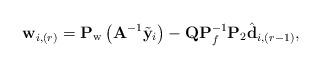
LaTeX: \begin{align*}\mathbf{w}_{i, (r)}= \mathbf{P}_{\rm w} \left( \mathbf{A}^{-1}\tilde{\mathbf{y}}_i \right) - \mathbf{Q}\mathbf{P}^{-1}_f \mathbf{P}_2 \hat{\mathbf{d}}_{i, (r-1)},\end{align*}